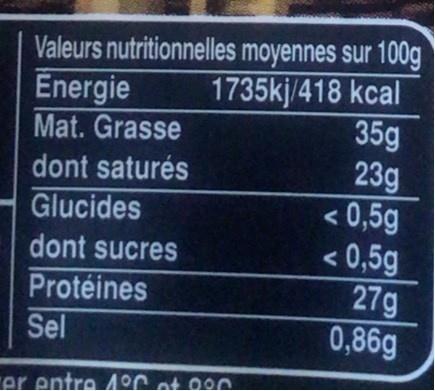
Valeurs nutritionnelles moyennes sur 100g 1735kj/418 kcal 35g 23g < 0,5g < 0,5g 27g 0,86g
Energie
Mat. Grasse
dont saturés
Glucides
dont sucres
Protéines
Sel
rer entre 4OC at 00